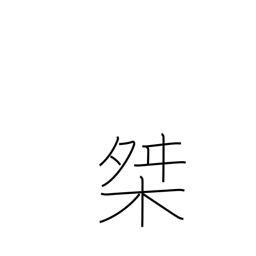
Meaning: measuring box